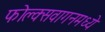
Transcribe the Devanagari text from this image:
फोल्क्सवागनमध्ये